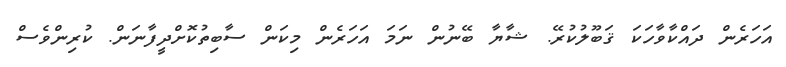
އަހަރެން ދައްކާވާހަކަ ޤަބޫލުކުރޭ. ޝާޔާ ބޭނުން ނަމަ އަހަރެން މިކަން ސާބިތުކޮށްދީފާނަން. ކުރިންވެސް